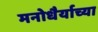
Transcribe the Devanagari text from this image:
मनोधैर्याच्या